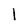
Character: 1